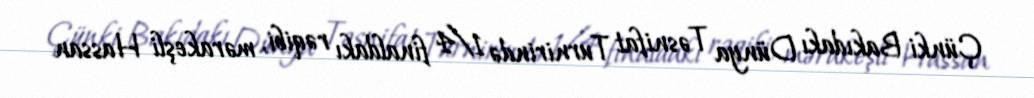
Çünki Bakıdakı Dünya Təsnifat Turnirində 1/4 finaldakı rəqibi, mərakeşli Hassan